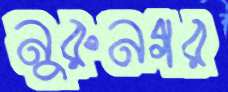
নুরুনগর